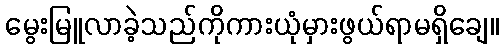
မွေးမြူလာခဲ့သည်ကိုကားယုံမှားဖွယ်ရာမရှိချေ။